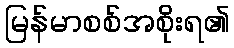
မြန်မာစစ်အစိုးရ၏